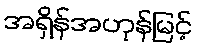
အရှိန်အဟုန်မြင့်